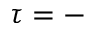
\tau = -